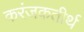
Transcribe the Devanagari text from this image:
करंजकतीर्थ